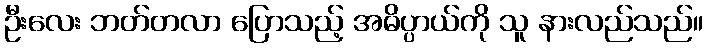
ဦးလေး ဘတ်တလာ ပြောသည့် အဓိပ္ပာယ်ကို သူ နားလည်သည်။